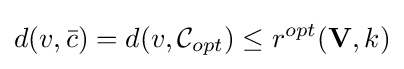
d(v,{\bar {c}})=d(v,{\mathcal {C}}_{opt})\leq r^{opt}(\mathbf {V} ,k)